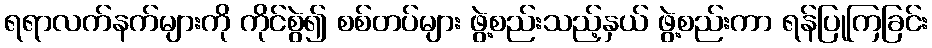
ရရာလက်နက်များကို ကိုင်စွဲ၍ စစ်တပ်များ ဖွဲ့စည်းသည့်နှယ် ဖွဲ့စည်းကာ ရန်ပြုကြခြင်း